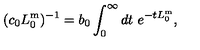
( c _ { 0 } L _ { 0 } ^ { \mathrm { m } } ) ^ { - 1 } = b _ { 0 } \int _ { 0 } ^ { \infty } d t \ e ^ { - t L _ { 0 } ^ { \mathrm { m } } } ,